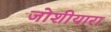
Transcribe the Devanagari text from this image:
जोशीयारा